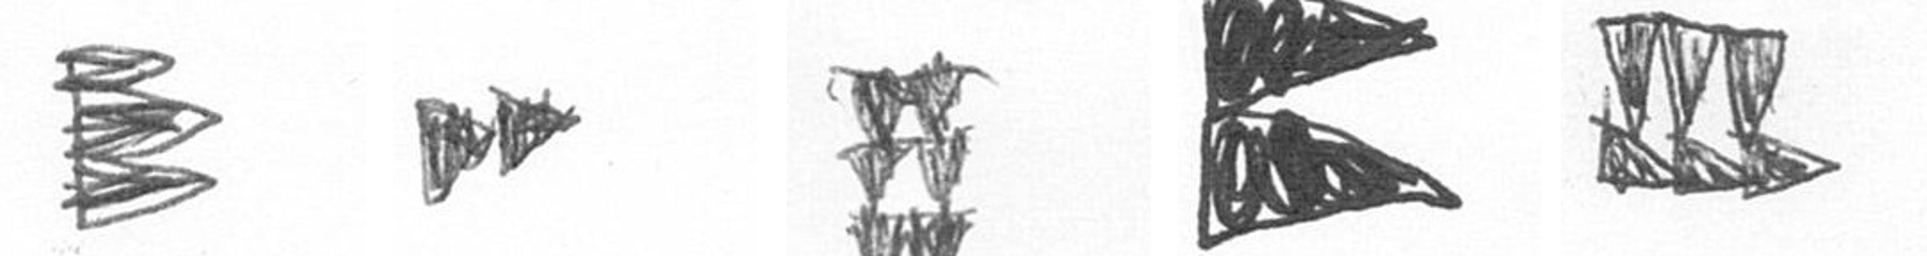
H A Y P D